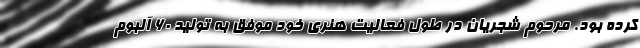
کرده‌ بود. مرحوم شجریان در طول فعالیت هنری خود موفق به تولید ۶۰ آلبوم